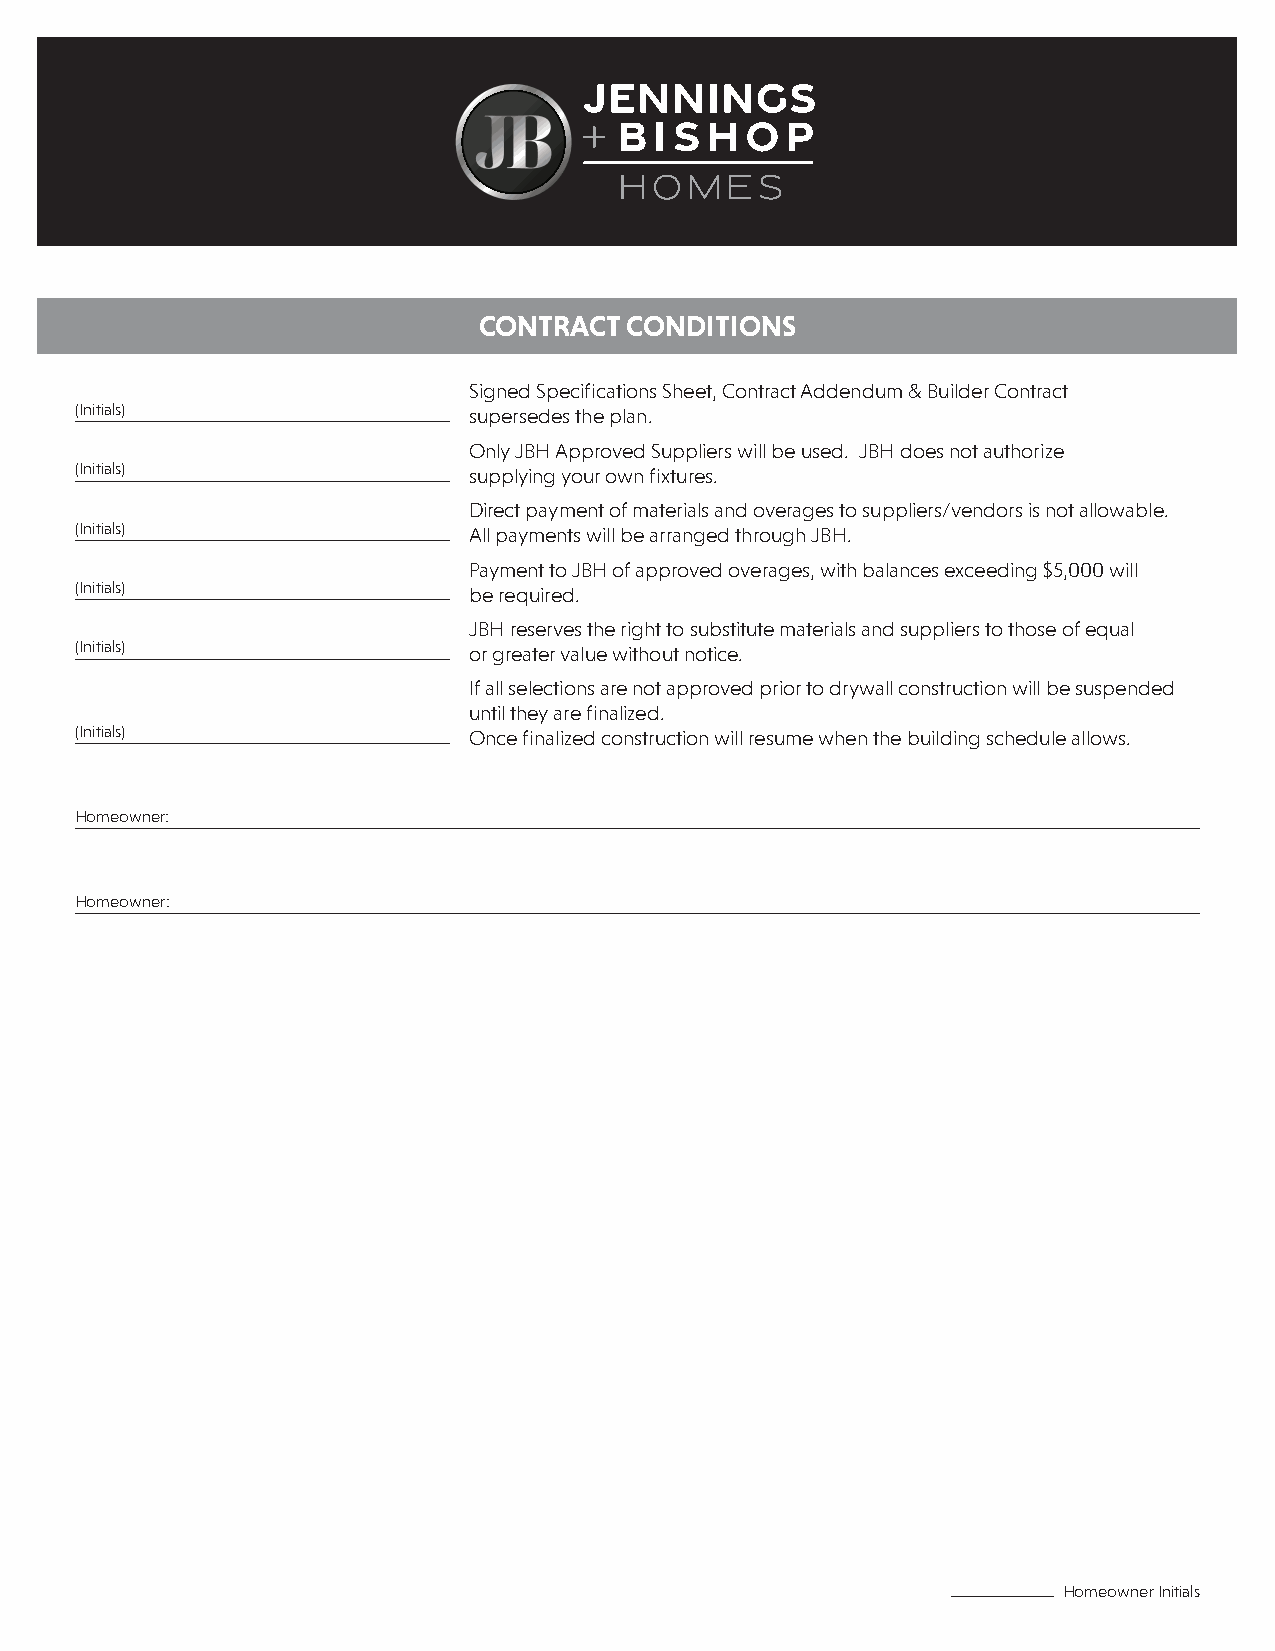
CONTRACT CONDITIONS
 Signed Specifications Sheet, Contract Addendum & Builder Contract
 (Initials)                supersedes the plan.
 Only JBH Approved Suppliers will be used. JBH does not authorize
 (Initials)                supplying your own fixtures.
 Direct payment of materials and overages to suppliers/vendors is not allowable.
 (Initials)                All payments will be arranged through JBH.
 Payment to JBH of approved overages, with balances exceeding $5,000 will
 (Initials)                be required.
 JBH reserves the right to substitute materials and suppliers to those of equal
 (Initials)                or greater value without notice.
 If all selections are not approved prior to drywall construction will be suspended
 until they are finalized.
 (Initials)                Once finalized construction will resume when the building schedule allows.
 Homeowner:
 Homeowner:
 Homeowner Initials